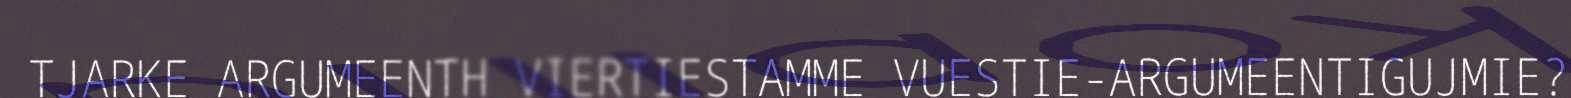
TJARKE ARGUMEENTH VIERTIESTAMME VUESTIE-ARGUMEENTIGUJMIE?